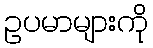
ဥပမာများကို